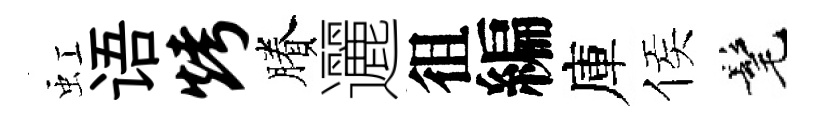
虹语烤賸邐徂編庫侯髦